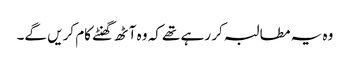
وہ یہ مطالبہ کر رہے تھے کہ وہ آٹھ گھنٹے کام کریں گے۔